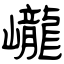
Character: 巄